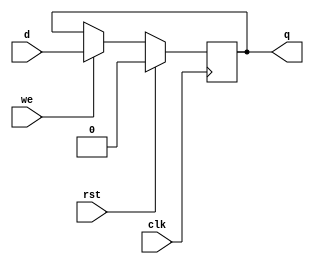
module reg_dflop (q, d, we, clk, rst);

    output         q;
    input          d;
    input          we;
    input          clk;
    input          rst;

    reg            state;

    assign #(1) q = state;
    assign dd = we ? d : q;

    always @(posedge clk) begin
      state = rst? 0 : dd;
    end

endmodule